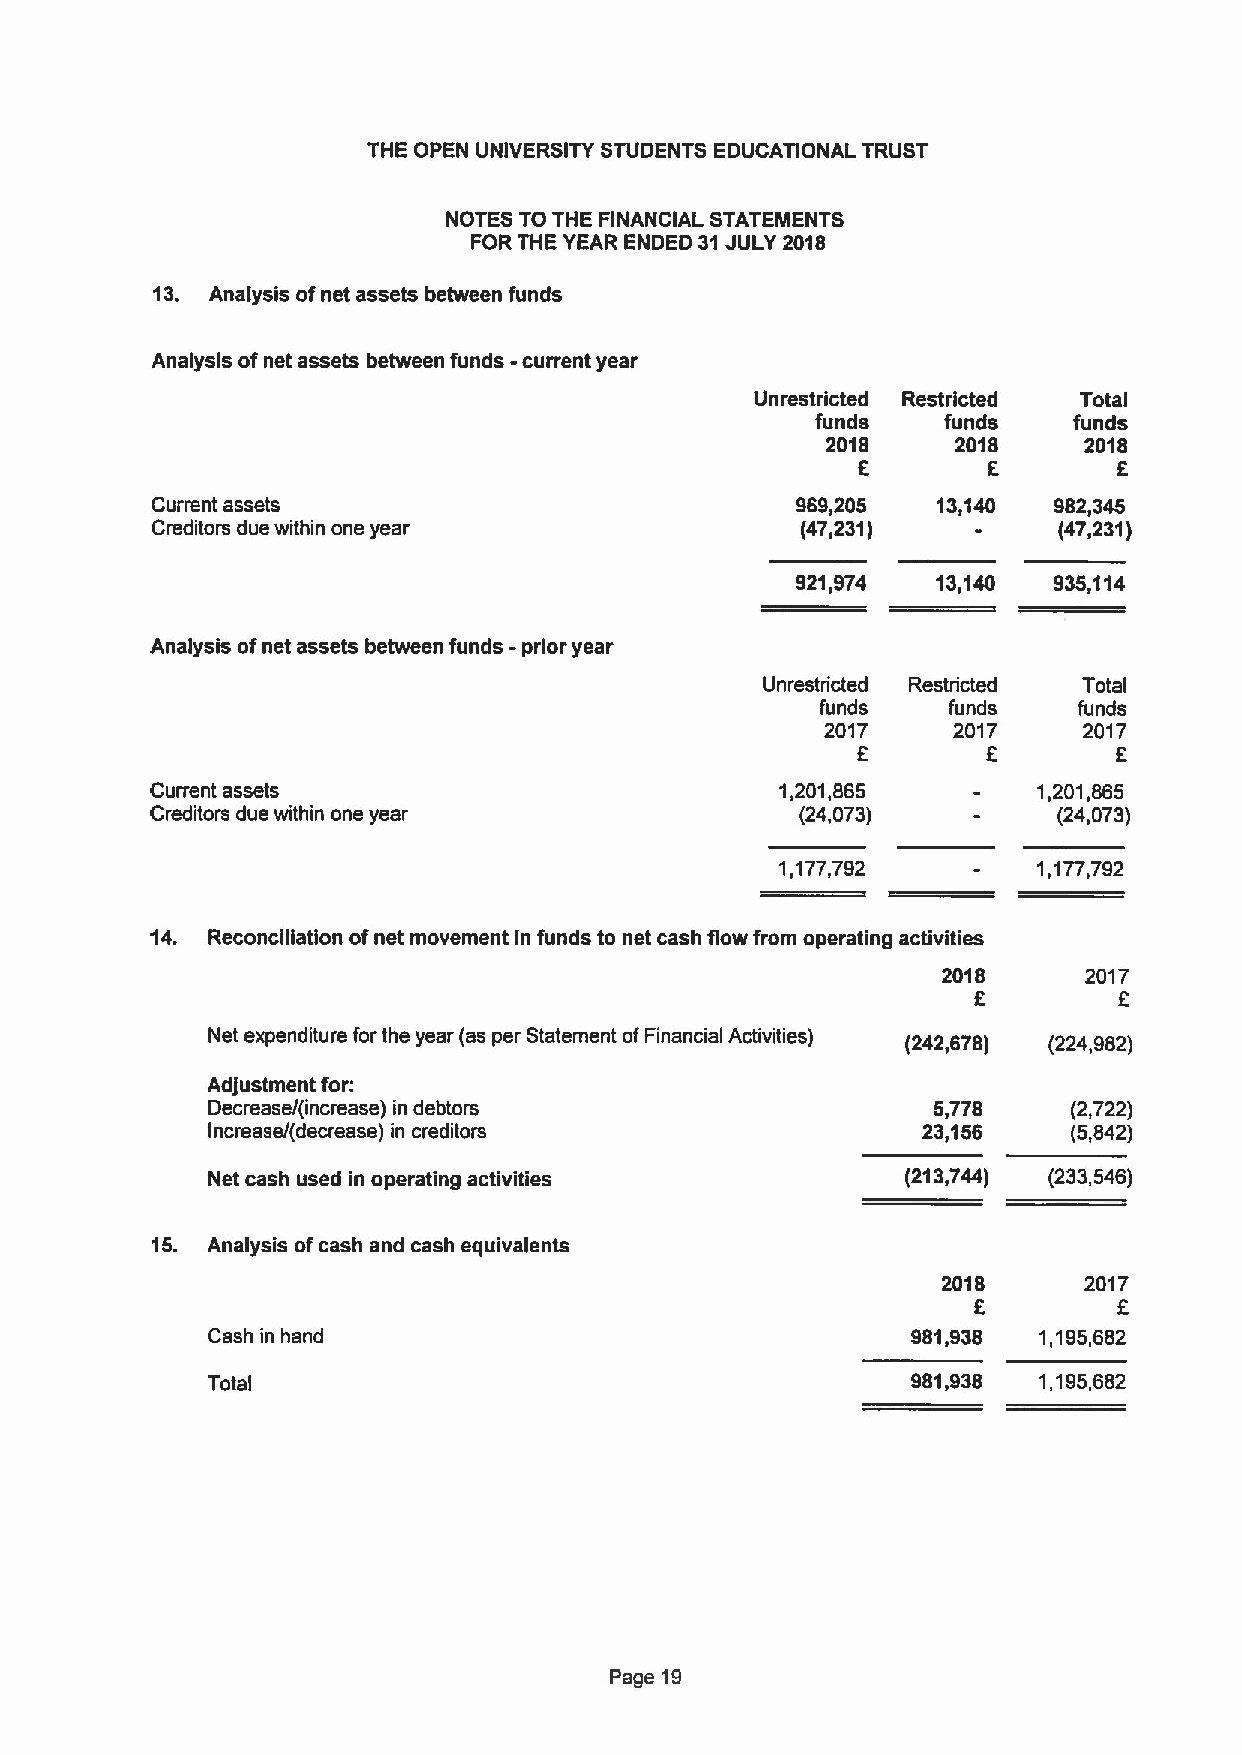
THE OPEN UNIVERSITY STUDENTS EDUCATIONAL TRUST
 NOTES TO THE FINANCIAL STATEMENTS
 FOR THE YEAR ENDED 31JULY 2018
 13. Analysis ofnet assets between funds
 Analysis ofnet assets between funds -current year
 Unrestricted Restricted Total
 funds    funds   funds
 2018    2018     2018
 6       6        F
 Current assets                             969,205  13,140  982,345
 Creditors due within one year              (47,231)         (47,231)
 921,974  13,140  935,114
 Analysis ofnet assets between funds - prior year
 Unrestricted Restricted Total
 funds    funds   funds
 2017    2017     2017
 F        6
 Current assets                            1,201,865        1,201,865
 Creditors due within one year              (24,073)         (24,073)
 1,177,792        1,177,792
 14. Reconciliation ofnet movement in funds to net cash flow from operating activities
 2018      2017
 f
 E
 Net expenditure forthe year (as per Statement ofFinancial Activities) (242,678) (224,982)
 Adjustment for:
 Decrease/(increase) in debtors                  5,778    (2,722)
 Increase/(decrease) in creditors               23,156    (5,842)
 Net cash used in operating activities         (213,744) (233,546)
 15. Analysis ofcash and cash equivalents
 2018      2017
 6        F
 Cash in hand                                  981,938  1,195,682
 Total                                         981,938  1,195,682
 Page 19